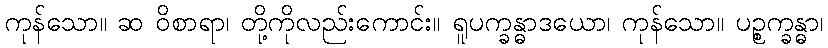
ကုန်သော။ ဆ ဝိစာရာ၊ တို့ကိုလည်းကောင်း။ ရူပက္ခန္ဓာဒယော၊ ကုန်သော။ ပဉ္စက္ခန္ဓာ၊